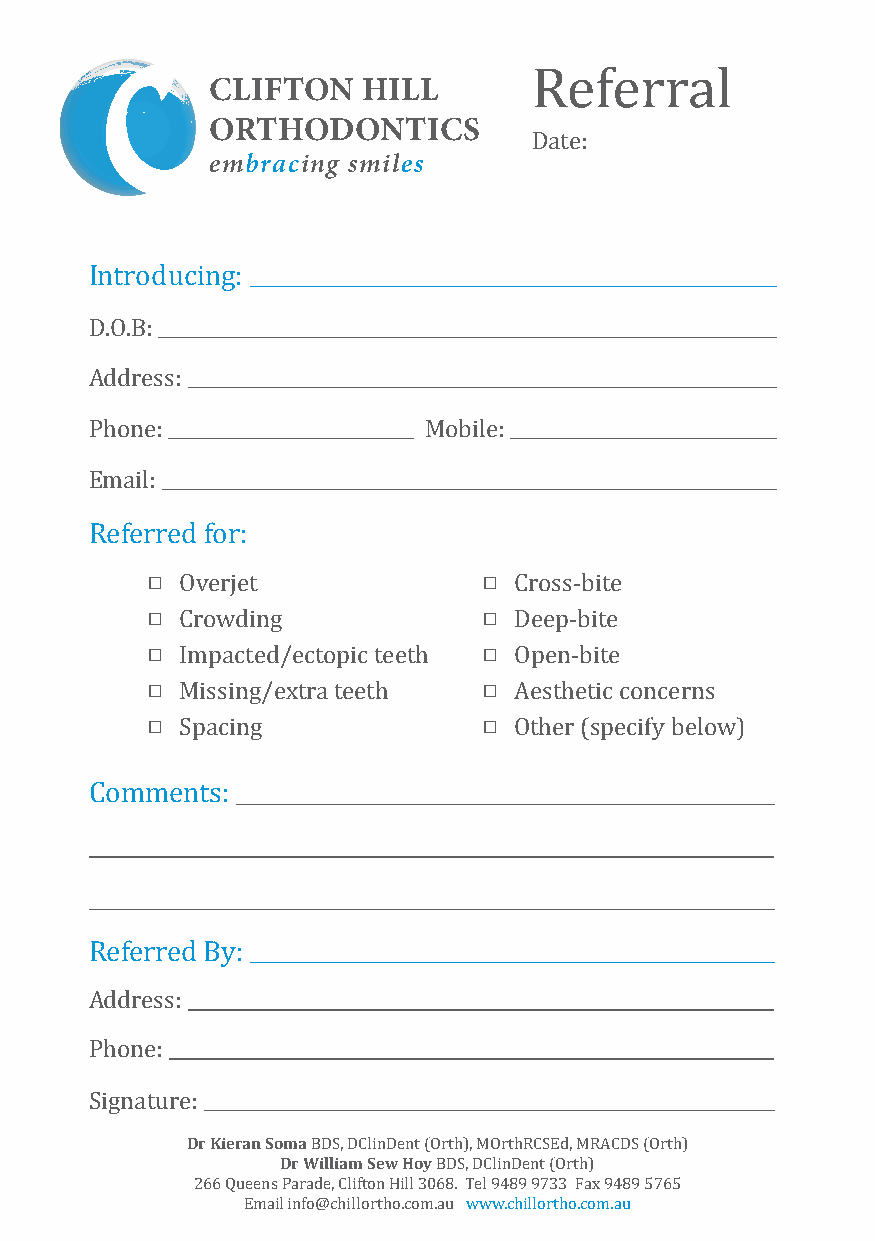
CLIFTON   HILL
 ORTHODONTICS
 embracing smiles
 Date:
 Referral
 Introducing:
 D.O.B:
 Address:
 Phone:                Mobile:
 Email:
                      
 Referred for:
                      
 Overjet               Cross-bite
                      
 Crowding              Deep-bite
                      
 Impacted/ectopic teeth Open-bite
                      
 Missing/extra teeth   Aesthetic concerns
 Spacing               Other (specify below)
 Comments:
 Referred By:
 Address:
 Phone:
 Dr Kieran Soma
 Signature:
 Dr William Sew Hoy
 BDS, DClinDent (Orth), MOrthRCSEd, MRACDS (Orth)
 BDS, DClinDent (Orth)
 266 Queens Parade, Clifton Hill 3068. Tel 9489 9733 Fax 9489 5765
 Email info@chillortho.com.au www.chillortho.com.au